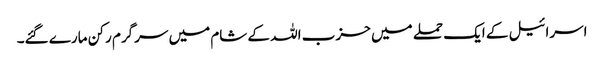
اسرائیل کے ایک حملے میں حزب اللہ کے شام میں سرگرم رکن مارے گئے۔